Annual report of the Central Committee of the Association together with the report of the directors of the Pasteur Institute at Kasauli
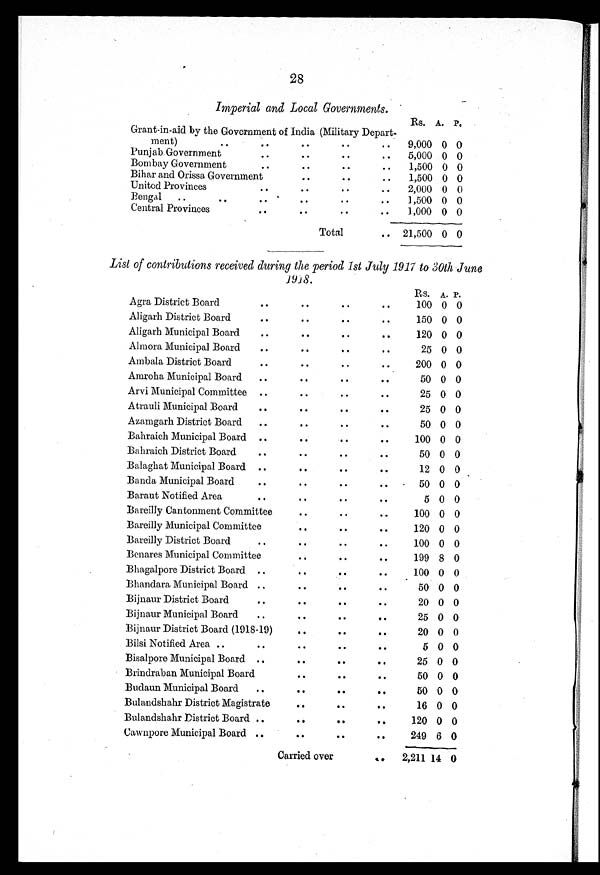
28
Imperial and Local Governments.
Rs. A. P.
Grant-in-aid by the Government of India (Military Depart.
ment)
..
..
..
..
..
9,000 0 0
Punjab Government
..
..
..
..
5,000 0 0
Bombay Government
..
..
..
..
1,500 0 0
Bihar and Orissa Government
..
..
..
1,500 0 0
United Provinces
..
..
..
..
2,000 0 0
Bengal
..
..
..
..
..
..
1,500 0 0
Central Provinces
..
..
..
..
1,000 0 0
Total
.. 21,500 0 0
List of contributions received during the period 1st July 1917 to 30th June
1918.
Rs. A. P.
Agra District Board
..
..
..
..
100 0 0
Aligarh District Board
..
..
..
..
150 0 0
Aligarh Municipal Board
..
..
..
..
120 0 0
Almora Municipal Board
..
..
..
25 0 0
Ambala District Board
..
..
..
..
200 0 0
Amroha Municipal Board
..
..
..
..
50 0 0
Arvi Municipal Committee ..
..
..
..
25 0 0
Atrauli Municipal Board
..
..
..
..
25 0 0
Azamgarh District Board
..
..
..
..
50 0 0
Bahraich Municipal Board ..
..
. ..
..
100 0 0
Bahraich District Board
..
..
..
..
50 0 0
Balaghat Municipal Board ..
..
..
..
12 0 0
Banda Municipal Board
..
..
..
..
50 0 0
Baraut Notified Area
..
..
..
..
5 0 0
Bareilly Cantonment Committee
..
..
..
100 0 0
Bareilly Municipal Committee
..
..
..
120 0 0
Bareilly District Board
..
..
..
..
100 0 0
Benares Municipal Committee
..
..
..
199 8 0
Bhagalpore District Board ..
..
..
..
100 0 0
Bhandara Municipal Board ..
..
..
..
50 0 0
Bijnaur District Board
..
..
..
..
20 0 0
Bijnaur Municipal Board
..
..
..
..
25 0 0
Bijnaur District Board (1918-19)
..
..
..
20 0 0
Bilsi Notified Area ..
..
..
..
..
5 0 0
Bisalpore Municipal Board ..
..
..
..
25 0 0
Brindraban Municipal Board
..
..
..
50 0 0
Budaun Municipal Board
..
..
..
..
50 0 0
Bulandshahr District Magistrate
..
..
..
16 0 0
Bulandshahr District Board ..
..
..
..
120 0 0
Cawnpore Municipal Board ..
..
..
..
249 6 0
Carried over
. . 2,211 14 0